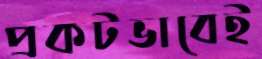
প্রকটভাবেই